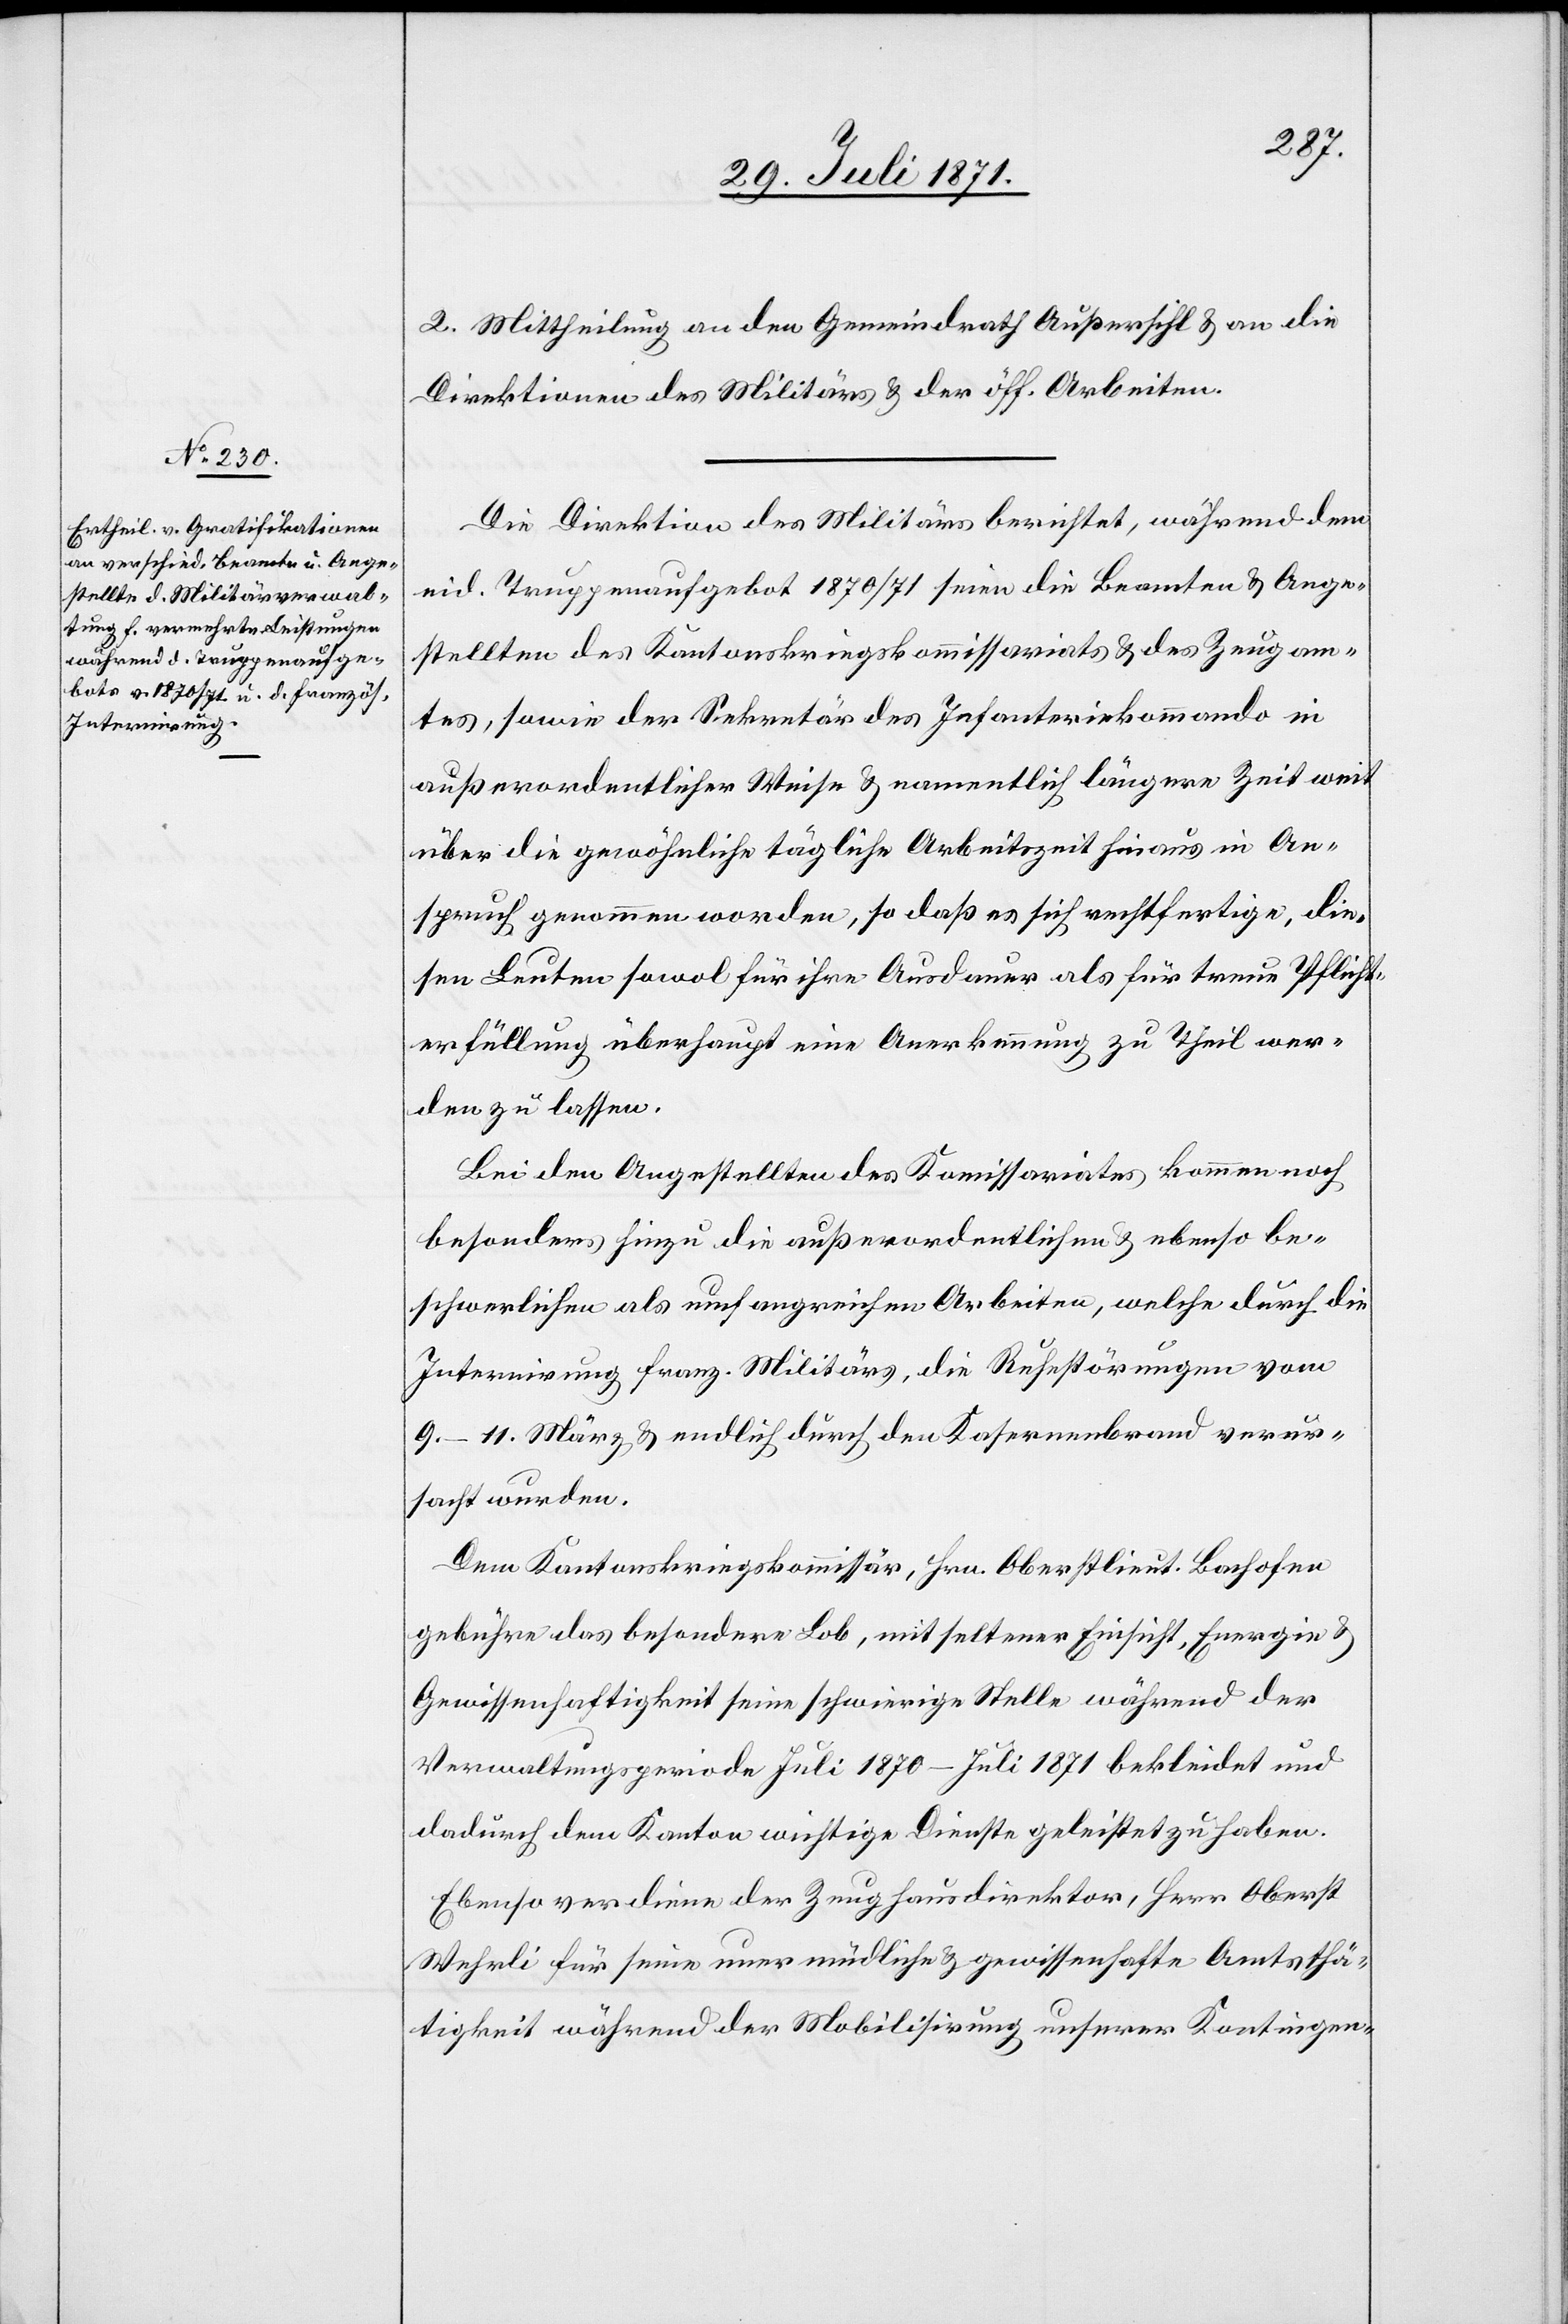
2. Mittheilung an den Gemeindrath Außersihl u. an die
Direktion des Militärs u. der öff. Arbeiten.
Die Direktion des Militärs berichtet, während dem
eid. Truppenaufgebot 1870/71 seien die Beamten u. Ange¬
stellten des Kantonskriegskommissariats u. des Zeugam¬
tes, sowie der Sekretär des Infanteriekommando in
außerordentlicher Weise u. namentlich längere Zeit weit
über die gewöhnliche tägliche Arbeitszeit hinaus in An¬
spruch genommen worden, so daß es sich rechtfertige, die¬
sen Leuten sowol für ihre Ausdauer als für treue Pflicht¬
erfüllung überhaupt eine Anerkennung zu Theil wer¬
den zu lassen.
Bei den Angestellten des Kommissariates kommen noch
besonders hinzu die außerordentlichen u. ebenso be¬
schwerlichen als umfangreichen Arbeiten, welche durch die
Internirung franz. Militärs, die Ruhestörungen vom
9.–11. März u. endlich durch den Kasernenbrand verur¬
sacht wurden.
Dem Kantonskriegskommissär, Hrn. Oberstlieut. Bachofen
gebühre das besondere Lob, mit seltener Einsicht, Energie u.
Gewissenhaftigkeit seine schwierige Stelle während der
Verwaltungsperiode Juli 1870 – Juli 1871 bekleidet und
dadurch dem Kanton wichtige Dienste geleistet zu haben.
Ebenso verdiene der Zeughausdirektor, Herr Oberst
Wehrli für seine unermüdliche u. gewissenhafte Amtsthä¬
tigkeit während der Mobilisirung unserer Kontingen-